Scottish Leaving Certificate Examination, 1957
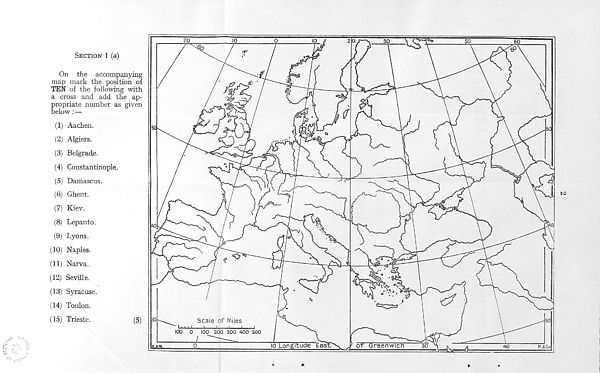
Section 1 (a)
On the accompanying
map mark the position of
TEN of the following with
a cross and add the ap-
propriate number as given
below : —
(1) Aachen.
(2) Algiers.
(3) Belgrade.
(4) Constantinople.
(5) Damascus.
(6) Ghent.
(7) Kiev.
(8) Lepanto.
(9) Lyons.
(10) Naples.
(11) Narva.
(12) Seville.
(13) Syracuse.
(14) Toulon.
(15) Trieste.
(5)